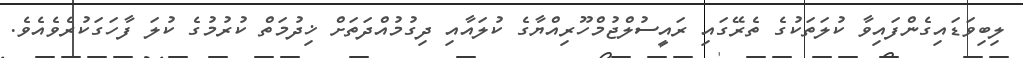
ލިބިވަޑައިގެންފައިވާ ކުލަތަކުގެ ތެރޭގައި ރައީސުލްޖުމްހޫރިއްޔާގެ ކުލައާއި ދިގުމުއްދަތަށް ޚިދުމަތް ކުރުމުގެ ކުލަ ފާހަގަކުރެވެއެވެ.